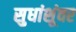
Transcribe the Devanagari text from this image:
सुधांशूंवर